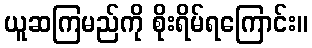
ယူဆကြမည်ကို စိုးရိမ်ရကြောင်း။